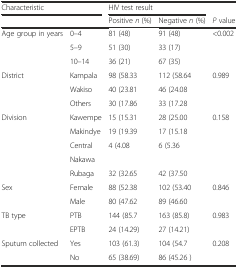
<table><thead><tr><td colspan="2"><b>Characteristic</b></td><td colspan="2"><b>HIV test result</b></td><td></td></tr><tr><td colspan="2"></td><td><b>Positive <i>n </i>(%)</b></td><td><b>Negative <i>n </i>(%)</b></td><td><b><i>P</i> value</b></td></tr></thead><tbody><tr><td rowspan="3">Age group in years</td><td>0–4</td><td>81 (48)</td><td>91 (48)</td><td rowspan="3">&lt;0.002</td></tr><tr><td>5–9</td><td>51 (30)</td><td>33 (17)</td></tr><tr><td>10–14</td><td>36 (21)</td><td>67 (35)</td></tr><tr><td rowspan="3">District</td><td>Kampala</td><td>98 (58.33</td><td>112 (58.64</td><td rowspan="3">0.989</td></tr><tr><td>Wakiso</td><td>40 (23.81</td><td>46 (24.08</td></tr><tr><td>Others</td><td>30 (17.86</td><td>33 (17.28</td></tr><tr><td rowspan="5">Division</td><td>Kawempe</td><td>15 (15.31</td><td>28 (25.00</td><td rowspan="5">0.158</td></tr><tr><td>Makindye</td><td>19 (19.39</td><td>17 (15.18</td></tr><tr><td>Central</td><td>4 (4.08</td><td>6 (5.36</td></tr><tr><td>Nakawa</td><td></td><td></td></tr><tr><td>Rubaga</td><td>32 (32.65</td><td>42 (37.50</td></tr><tr><td rowspan="2">Sex</td><td>Female</td><td>88 (52.38</td><td>102 (53.40</td><td rowspan="2">0.846</td></tr><tr><td>Male</td><td>80 (47.62</td><td>89 (46.60</td></tr><tr><td rowspan="2">TB type</td><td>PTB</td><td>144 (85.7</td><td>163 (85.8)</td><td rowspan="2">0.983</td></tr><tr><td>EPTB</td><td>24 (14.29)</td><td>27 (14.21)</td></tr><tr><td rowspan="2">Sputum collected</td><td>Yes</td><td>103 (61.3)</td><td>104 (54.7</td><td rowspan="2">0.208</td></tr><tr><td>No</td><td>65 (38.69)</td><td>86 (45.26 )</td></tr></tbody></table>